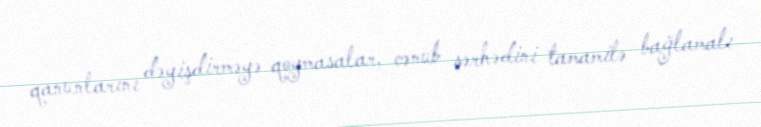
qanunlarını dəyişdirməyə qoymasalar, cənub sərhədini tamamilə bağlamalı